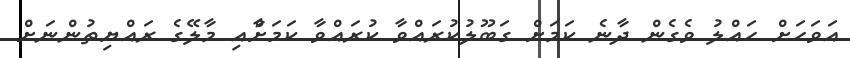
އަވަހަށް ހައްލު ވެގެން ދާނެ ކަމަށް ގަބޫލުކުރައްވާ ކުރައްވާ ކަމަށާްއި މާލޭގެ ރައްޔިތުންނަށް